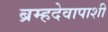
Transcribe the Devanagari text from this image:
ब्रम्हदेवापाशी